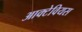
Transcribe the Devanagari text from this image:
आक्टेवियस